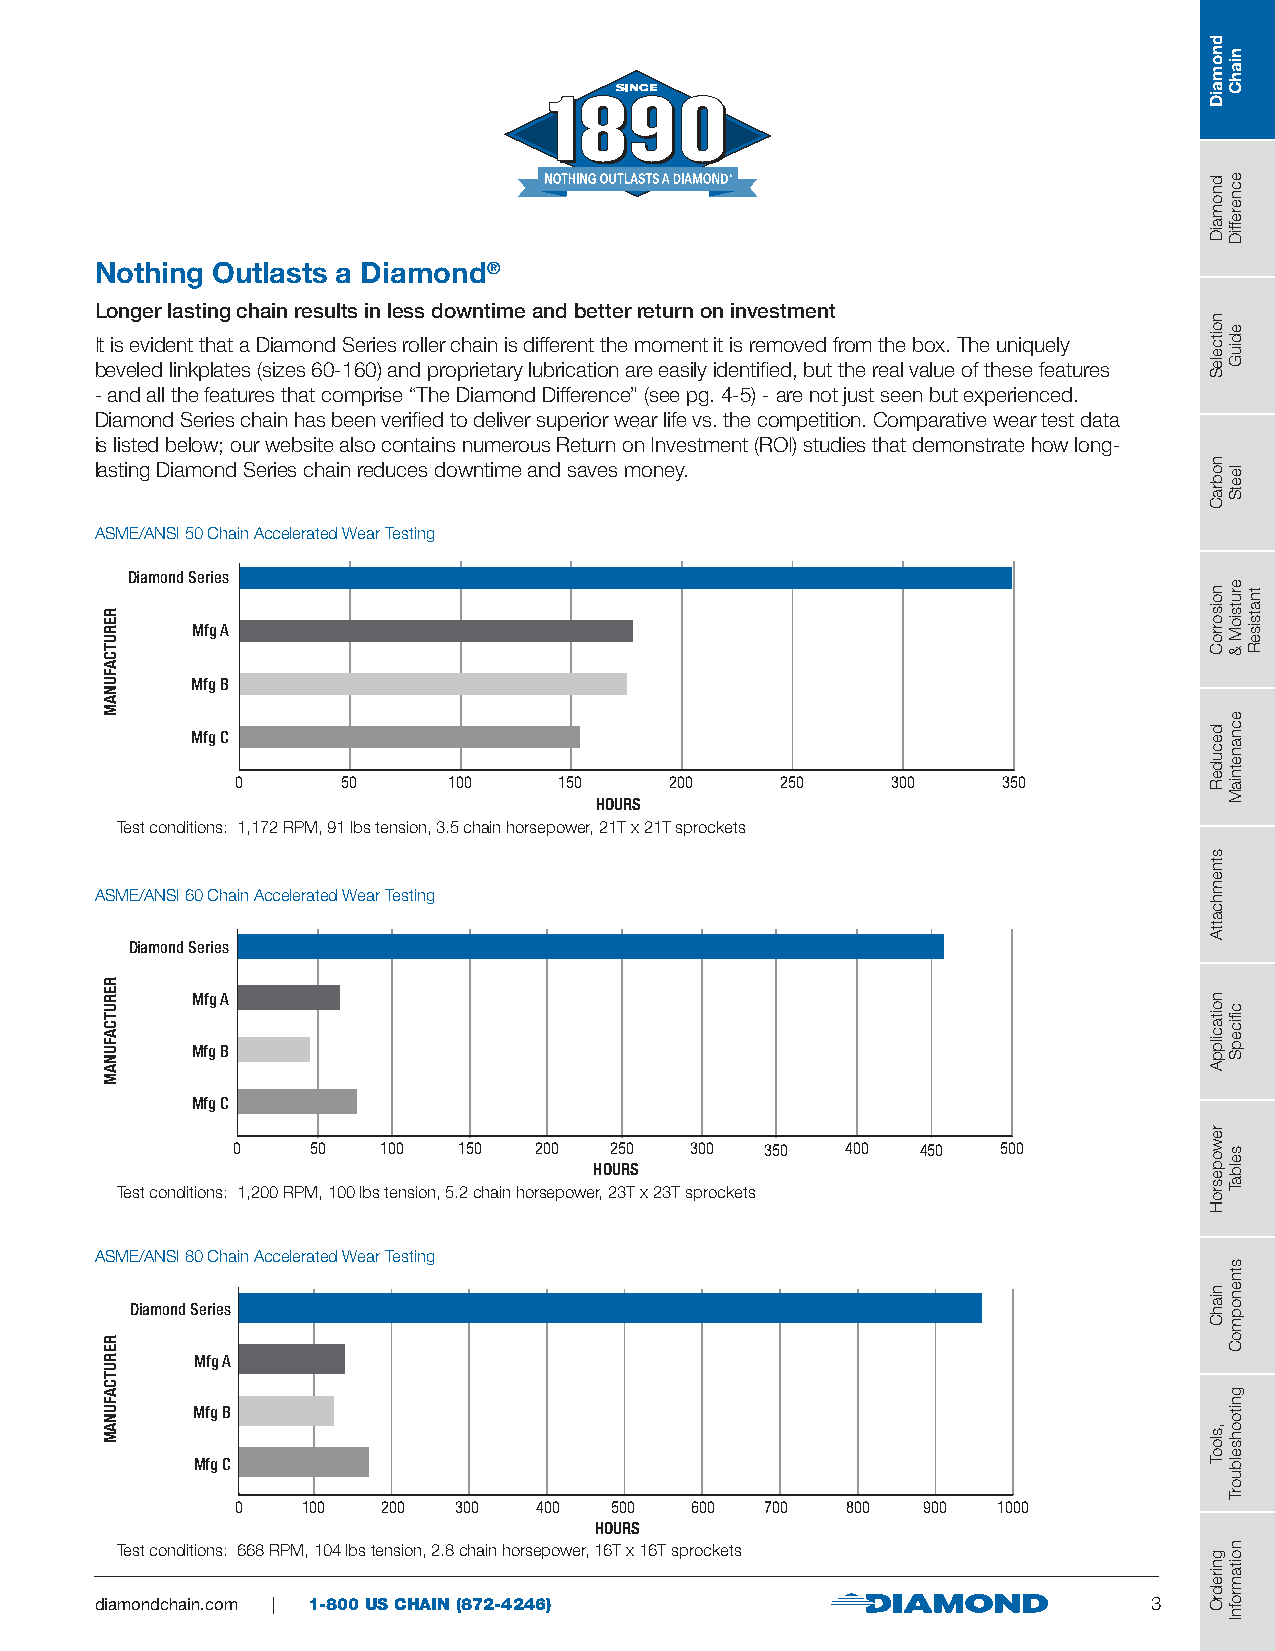
Nothing Outlasts a Diamond®
 Longer lasting chain results in less downtime and better return on investment
 It is evident that a Diamond Series roller chain is different the moment it is removed from the box. The uniquely
 beveled linkplates (sizes 60-160) and proprietary lubrication are easily identified, but the real value of these features
 - and all the features that comprise “The Diamond Difference” (see pg. 4-5) - are not just seen but experienced.
 Diamond Series chain has been verified to deliver superior wear life vs. the competition. Comparative wear test data
 is listed below; our website also contains numerous Return on Investment (ROI) studies that demonstrate how long-
 lasting Diamond Series chain reduces downtime and saves money.
 ASME/ANSI 50 Chain Accelerated Wear Testing
 Diamond Series
 Mfg A
 Mfg B
 Mfg C
 0      50     100    150    200     250    300    350
 HOURS
 Test conditions: 1,172 RPM, 91 lbs tension, 3.5 chain horsepower, 21T x 21T sprockets
 ASME/ANSI 60 Chain Accelerated Wear Testing
 Diamond Series
 Mfg A
 Mfg B
 Mfg C
 0     50  100  150  200  250   300  350  400  450  500
 HOURS
 Test conditions: 1,200 RPM, 100 lbs tension, 5.2 chain horsepower, 23T x 23T sprockets
 ASME/ANSI 80 Chain Accelerated Wear Testing
 Diamond Series
 Mfg A
 Mfg B
 Mfg C
 0   100  200  300   400 500   600  700  800  900  1000
 HOURS
 Test conditions: 668 RPM, 104 lbs tension, 2.8 chain horsepower, 16T x 16T sprockets
 diamondchain.com | 1-800 US CHAIN (872-4246)                          3
 RERUTCAFUNAM
 RERUTCAFUNAM
 RERUTCAFUNAM
 dnomaiD
 dnomaiD
 noitceleS
 nobraC
 noisorroC
 decudeR
 stnemhcattA
 noitacilppA
 rewopesroH
 niahC
 ,slooT
 gniredrO
 niahC
 ecnereffiD
 ediuG
 leetS
 erutsioM
 &
 ecnanetniaM
 cfiicepS
 selbaT
 stnenopmoC
 gnitoohselbuorT
 noitamrofnI
 tnatsiseR